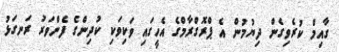
ގާއިމް ކުރެވިގެން ދިޔުމުން އެ ޕްރޮގްރާމްގެ އެހީގައި ވަކިވަކި ކުދިންގެ ފެންވަރު ރަނގަޅު